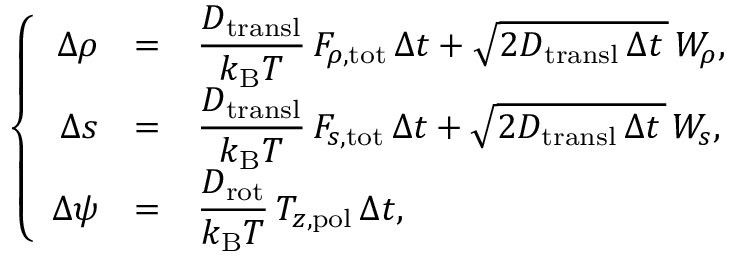
\left\{ \begin{array} { r c l } { { \Delta \rho } } & { = } & { \displaystyle \frac { D _ { \mathrm { t r a n s l } } } { k _ { \mathrm { B } } T } \, F _ { \rho , \mathrm { t o t } } \, { \Delta t } + \sqrt { 2 D _ { \mathrm { t r a n s l } } \, \Delta t \, } \, W _ { \rho } , } \\ { { \Delta s } } & { = } & { \displaystyle \frac { D _ { \mathrm { t r a n s l } } } { k _ { \mathrm { B } } T } \, F _ { s , \mathrm { t o t } } \, { \Delta t } + \sqrt { 2 D _ { \mathrm { t r a n s l } } \, \Delta t \, } \, W _ { s } , } \\ { { \Delta \psi } } & { = } & { \displaystyle \frac { D _ { \mathrm { r o t } } } { k _ { \mathrm { B } } T } \, T _ { z , \mathrm { p o l } } \, { \Delta t } , } \end{array} \right.